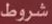
شروط